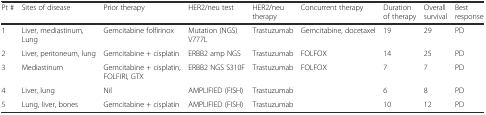
| Pt # | Sites of disease | Prior therapy | HER2/neu test | HER2/neu therapy | Concurrent therapy | Duration of therapy | Overall survival | Best response |
 | --- | --- | --- | --- | --- | --- | --- | --- | --- |
 | 1 | Liver, mediastinum, Lung | Gemcitabine folfirinox | Mutation (NGS) V777L | Trastuzumab | Gemcitabine, docetaxel | 19 | 29 | PD |
 | 2 | Liver, peritoneum, lung | Gemcitabine + cisplatin | ERBB2 amp NGS | Trastuzumab | FOLFOX | 14 | 25 | PD |
 | 3 | Mediastinum | Gemcitabine + cisplatin, FOLFIRI, GTX | ERBB2 NGS S310F | Trastuzumab | FOLFOX | 7 | 7 | PD |
 | 4 | Liver, lung | Nil | AMPLIFIED (FISH) | Trastuzumab |  | 6 | 8 | PD |
 | 5 | Lung, liver, bones | Gemcitabine + cisplatin | AMPLIFIED (FISH) | Trastuzumab |  | 10 | 12 | PD |